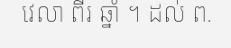
វេលា ពីរ ឆ្នាំ ។ ដល់ ព.